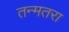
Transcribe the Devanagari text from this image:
तन्मतरा